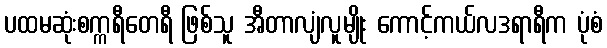
ပထမဆုံးစက္ကရီတေရီ ဖြစ်သူ အီတာလျံလူမျိုး ကောင့်ကယ်လဒရာရီက ပုံစံ